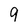
Character: 9